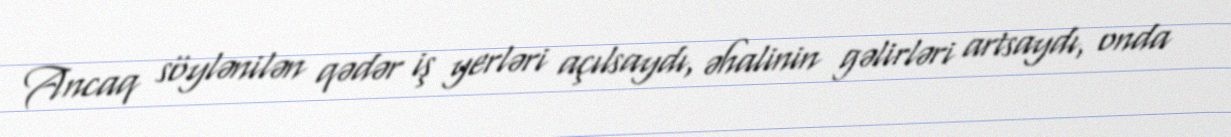
Ancaq söylənilən qədər iş yerləri açılsaydı, əhalinin gəlirləri artsaydı, onda